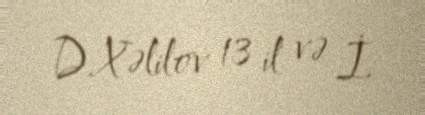
D.Xəlilov 13 il və İ.